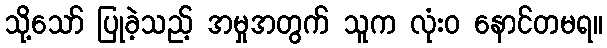
သို့သော် ပြုခဲ့သည့် အမှုအတွက် သူက လုံးဝ နောင်တမရ။